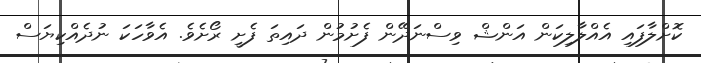
ކޮށްލާފައި އެއްލާލިކަން އަންޝް ވިސްނަދޭން ފެށުމުން ދައިތަ ފެށީ ރޯށެވެ. އެވާހަކަ ނުދެއްކިޔަސް